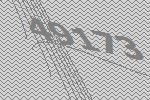
49173